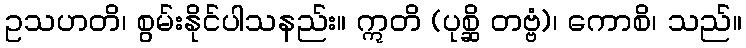
ဥသဟတိ၊ စွမ်းနိုင်ပါသနည်း။ ဣတိ (ပုစ္ဆိ တဗ္ဗံ)၊ ကောစိ၊ သည်။